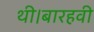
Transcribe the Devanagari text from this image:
थी।बारहवी